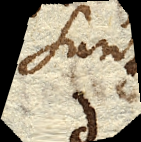
sunt